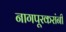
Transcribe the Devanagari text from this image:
नागपूरकरांनी